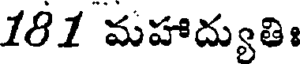
181 మహాద్యుతిః